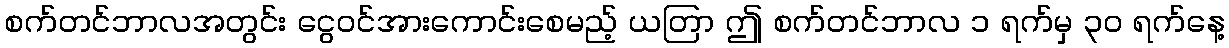
စက်တင်ဘာလအတွင်း ငွေဝင်အားကောင်းစေမည့် ယတြာ ဤ စက်တင်ဘာလ ၁ ရက်မှ ၃၀ ရက်နေ့